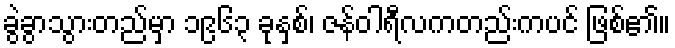
ခွဲခွာသွားတည်မှာ ၁၉၆၃ ခုနှစ်၊ ဇန်ဝါရီလကတည်းကပင် ဖြစ်၏။